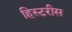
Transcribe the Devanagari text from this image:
हिस्टरीस